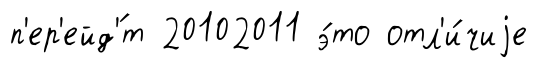
п'ер'ейд'́т 20102011 э́то отл'и́чиjе